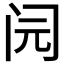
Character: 𰿨